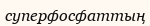
суперфосфаттың